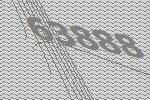
63888